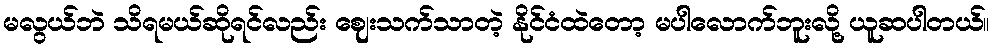
မလွယ်ဘဲ သိရမယ်ဆိုရင်လည်း ဈေးသက်သာတဲ့ နိုင်ငံထဲတော့ မပါလောက်ဘူးလို့ ယူဆပါတယ်။